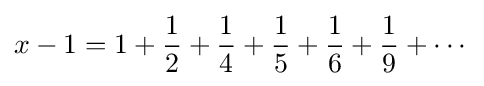
x-1=1+{\frac {1}{2}}+{\frac {1}{4}}+{\frac {1}{5}}+{\frac {1}{6}}+{\frac {1}{9}}+\cdots